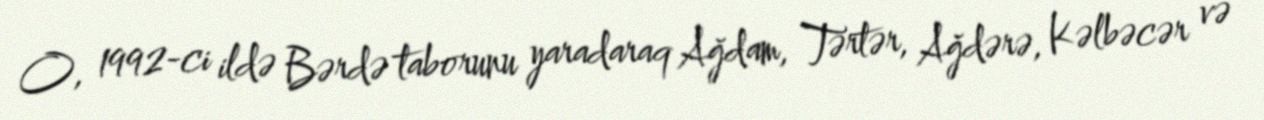
O, 1992-ci ildə Bərdə taborunu yaradaraq Ağdam, Tərtər, Ağdərə, Kəlbəcər və